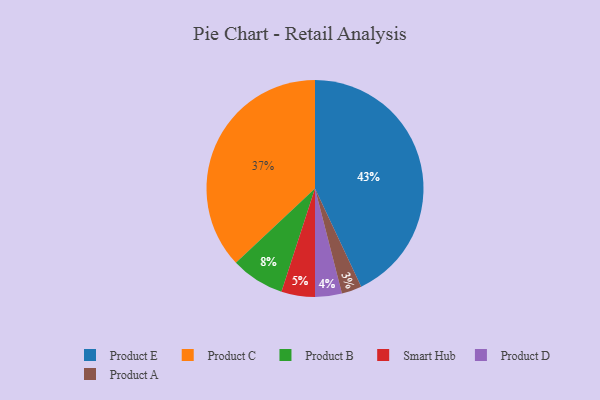
{"axis": {"x": "Category", "y": "Percentage"}, "legend": ["Product A", "Product B", "Product C", "Product D", "Product E", "Smart Hub"], "data": [{"x": "Product A", "y": 3, "type": "Product A"}, {"x": "Smart Hub", "y": 5, "type": "Smart Hub"}, {"x": "Product B", "y": 8, "type": "Product B"}, {"x": "Product E", "y": 43, "type": "Product E"}, {"x": "Product C", "y": 37, "type": "Product C"}, {"x": "Product D", "y": 4, "type": "Product D"}]}